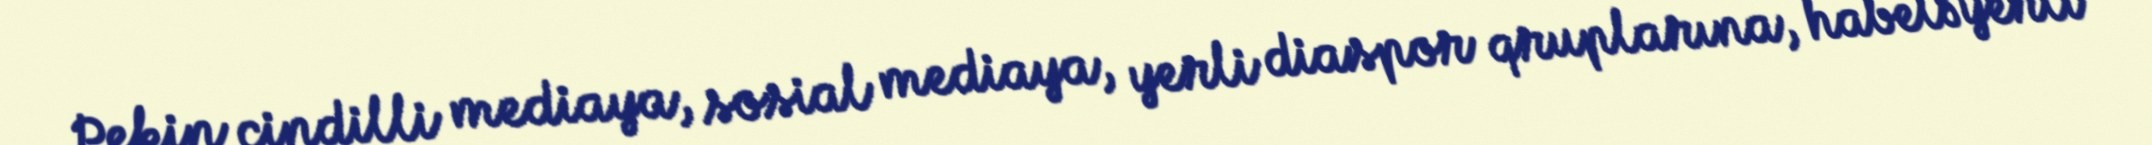
Pekin çindilli mediaya, sosial mediaya, yerli diaspor qruplarına, habelə yerli